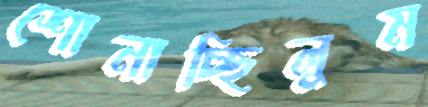
শোনাচ্ছিলুম